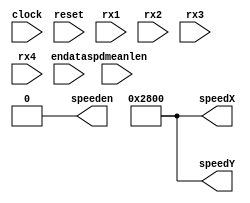
/*

Template interface of the ultrasonic wind sensor main signal processing path.
 
jca@fe.up.pt, Dec 2019

    This simulation model simulates the data flow through the signmal procssing path
	using the data files generated by the Matlab simulation model

	This Verilog code is property of University of Porto
	Its utilization beyond the scope of the course Digital Systems Design
	(Projeto de Sistemas Digitais) of the Integrated Master in Electrical 
	and Computer Engineering requires explicit authorization from the author.
 
*/

`timescale 1ns/1ps

module winddirection
               (
                  input clock,
				  input reset,
				  input endata,
				  input signed [11:0] rx1,          // Input channels
				  input signed [11:0] rx2,
				  input signed [11:0] rx3,
				  input signed [11:0] rx4,

				  input [3:0]          spdmeanlen,  // The log2(length) of the speed averaging
				  output signed [15:0] speedX,      // wind speed along X, 16 bits, 10 fractional
				  output signed [15:0] speedY,      // wind speed along X, 16 bits, 10 fractional
				  output               speeden      // 1-clock pulse to sync with speedX/Y updates
			   );


// assign outputs to constant values:
assign speedX = 10 << 10;
assign speedY = 10 << 10;
assign speeden = 0;

endmodule